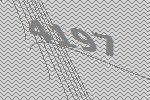
4197